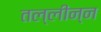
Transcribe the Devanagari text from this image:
तल्लीन्न